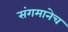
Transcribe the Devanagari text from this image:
संगमानेच